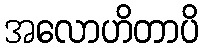
အလောဟိတာပိ